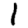
Digit: 1